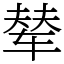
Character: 辇